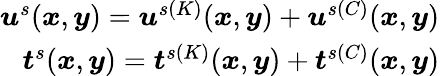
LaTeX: \begin{array}{r}{\boldsymbol{u}^{s}(\boldsymbol{x},\boldsymbol{y})=\boldsymbol{u}^{s(K)}(\boldsymbol{x},\boldsymbol{y})+\boldsymbol{u}^{s(C)}(\boldsymbol{x},\boldsymbol{y})}\\ {\boldsymbol{t}^{s}(\boldsymbol{x},\boldsymbol{y})=\boldsymbol{t}^{s(K)}(\boldsymbol{x},\boldsymbol{y})+\boldsymbol{t}^{s(C)}(\boldsymbol{x},\boldsymbol{y})}\end{array}